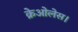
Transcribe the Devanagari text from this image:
क्रेओलेस।